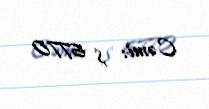
Cəmi: $ 6770